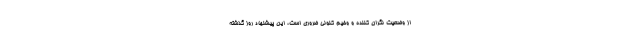
از وضعیت نگران کننده و وخیم کنونی ضروری است، این پیشنهاد روز گذشته